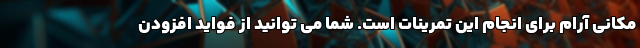
مکانی آرام برای انجام این تمرینات است. شما می توانید از فواید افزودن